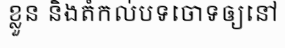
ខ្លួន និងតំកល់បទចោទឲ្យនៅ